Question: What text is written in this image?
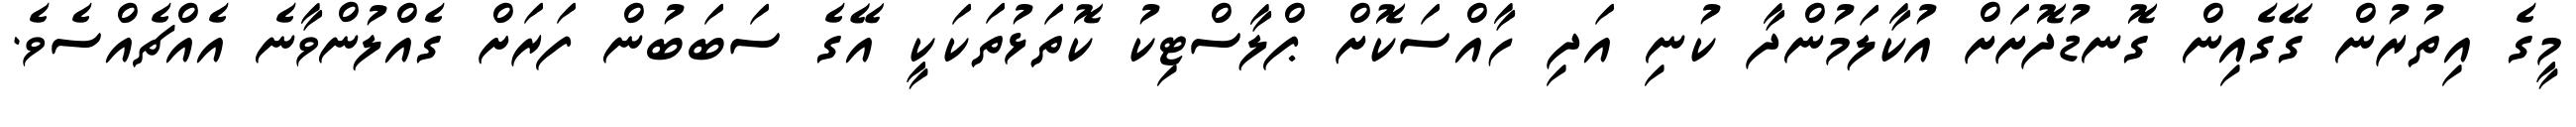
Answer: މީގެ އިތުރުން ގޭގެއިން ގޮނޑުދޮށަށް އުކާލަމުންދާ ކުނި އަދި ހާއްސަކޮށް ޕްލާސްޓިކު ކޮތަޅުތަކަކީ އޭގެ ސަބަބުން ފަރަށް ގެއްލުންވާނެ އެއްޗެއްސެވެ.